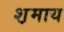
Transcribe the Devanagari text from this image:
श़माय